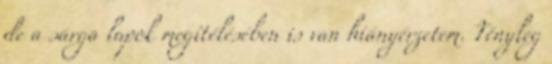
de a sárga lapok megítélésében is van hiányérzetem. Tényleg